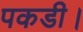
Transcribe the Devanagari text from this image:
पकडी।